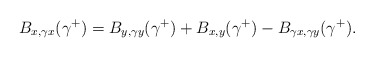
\begin{align*} B_{x,\gamma x}(\gamma^+)=B_{y,\gamma y}(\gamma^+)+B_{x,y}(\gamma^+) -B_{\gamma x,\gamma y}(\gamma^+).\end{align*}